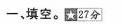
一，填空。27分